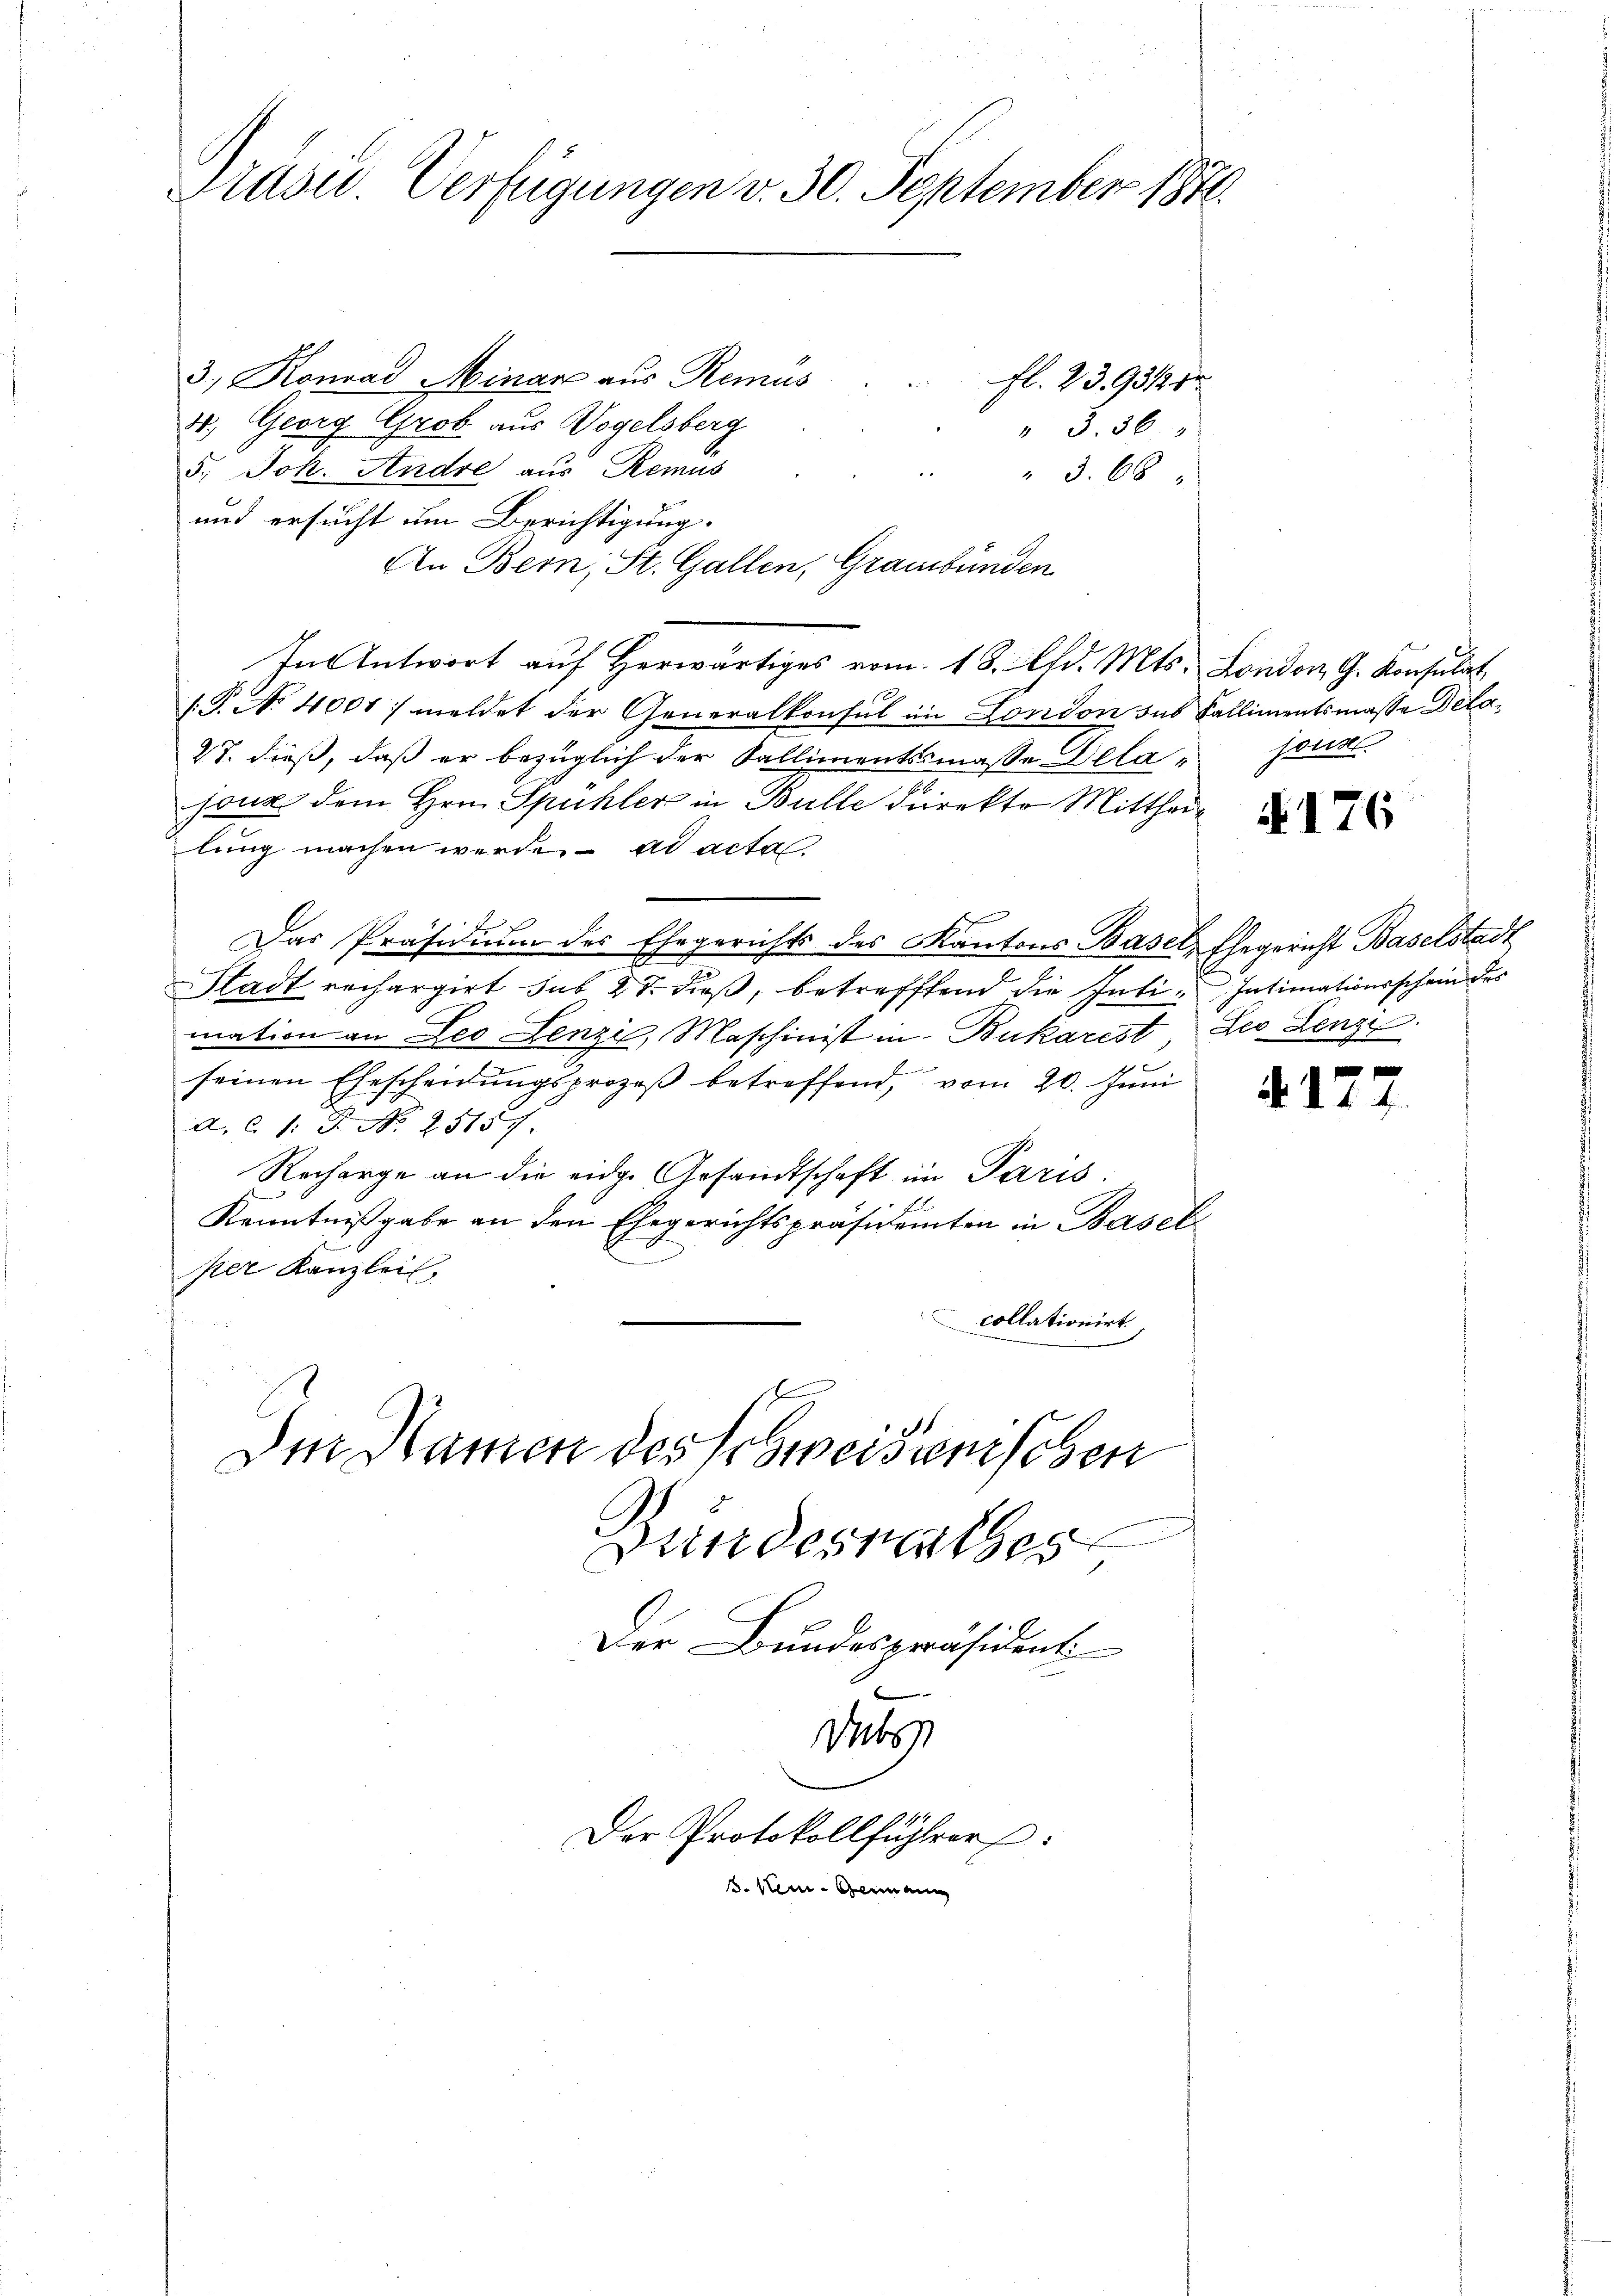
Prüsid. Verfügungen v. 30. September 1871

3. Konrad Minar aus Remus . . fl. 23. 93121
40.) Georg Grob aus Vogelsberg
" 3. 36.
5. Joh. Andre aus Remus
" " 3. 68
und ersucht um Berichtigung.
An Bern, St. Gallen, Graubünden
In Antwort auf Herwärtiges vom 18. d. Mts. London, G. Konsulat
1.P. N. 4001: meldet der Generalkonsul in London des Fallimentsmasse Dela¬
27. dieß, daß er bezüglich der Sallimentssmaße Dela¬
.
jour dem Hrn. Spühler in Bulle direkto Mittheil
lung machen werde. ad acta
Das Präsidium des Ehegerichts des Kantons Basel, Ehegericht Baselstadt
Stadt rechargirt sub 28. dieß, betreffend die Inti- Intimationsschein der
mation an Leo Lenzi, Maschinist in Bukarest, Leo Lenzi
seinen Ehescheidungsprozeß betreffend, vom 20. Juni
a. C. 1: P. Nr. 25157.
Recharge an die eidg. Gesandtschaft im Paris.
Kenntnißgabe an den Ehegerichtspräsidenten in Basel
per Kanzlei,
collationirt,

Im Namen des Schweisenschen

Bundesrathes
Der Bundespräsident

t
Der Protokollführer:
s. kein Gemein

jonn.

1

if. 17

76